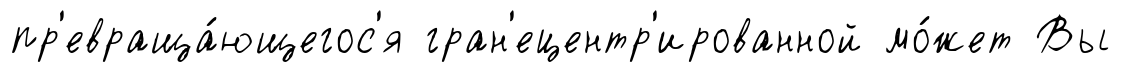
пр'евраща́ющегос'я гран'ецентр'ированной мо́жет Вы